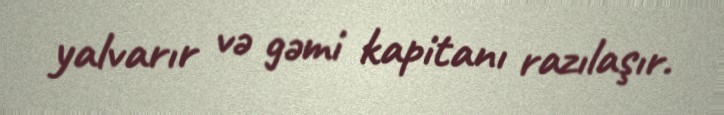
yalvarır və gəmi kapitanı razılaşır.